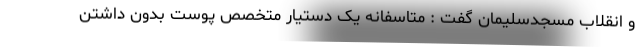
و انقلاب مسجدسلیمان گفت : متاسفانه یک دستیار متخصص پوست بدون داشتن